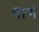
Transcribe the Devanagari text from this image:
नाणं